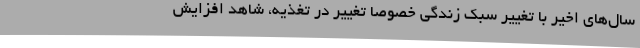
سال‌های اخیر با تغییر سبک زندگی خصوصا تغییر در تغذیه، شاهد افزایش